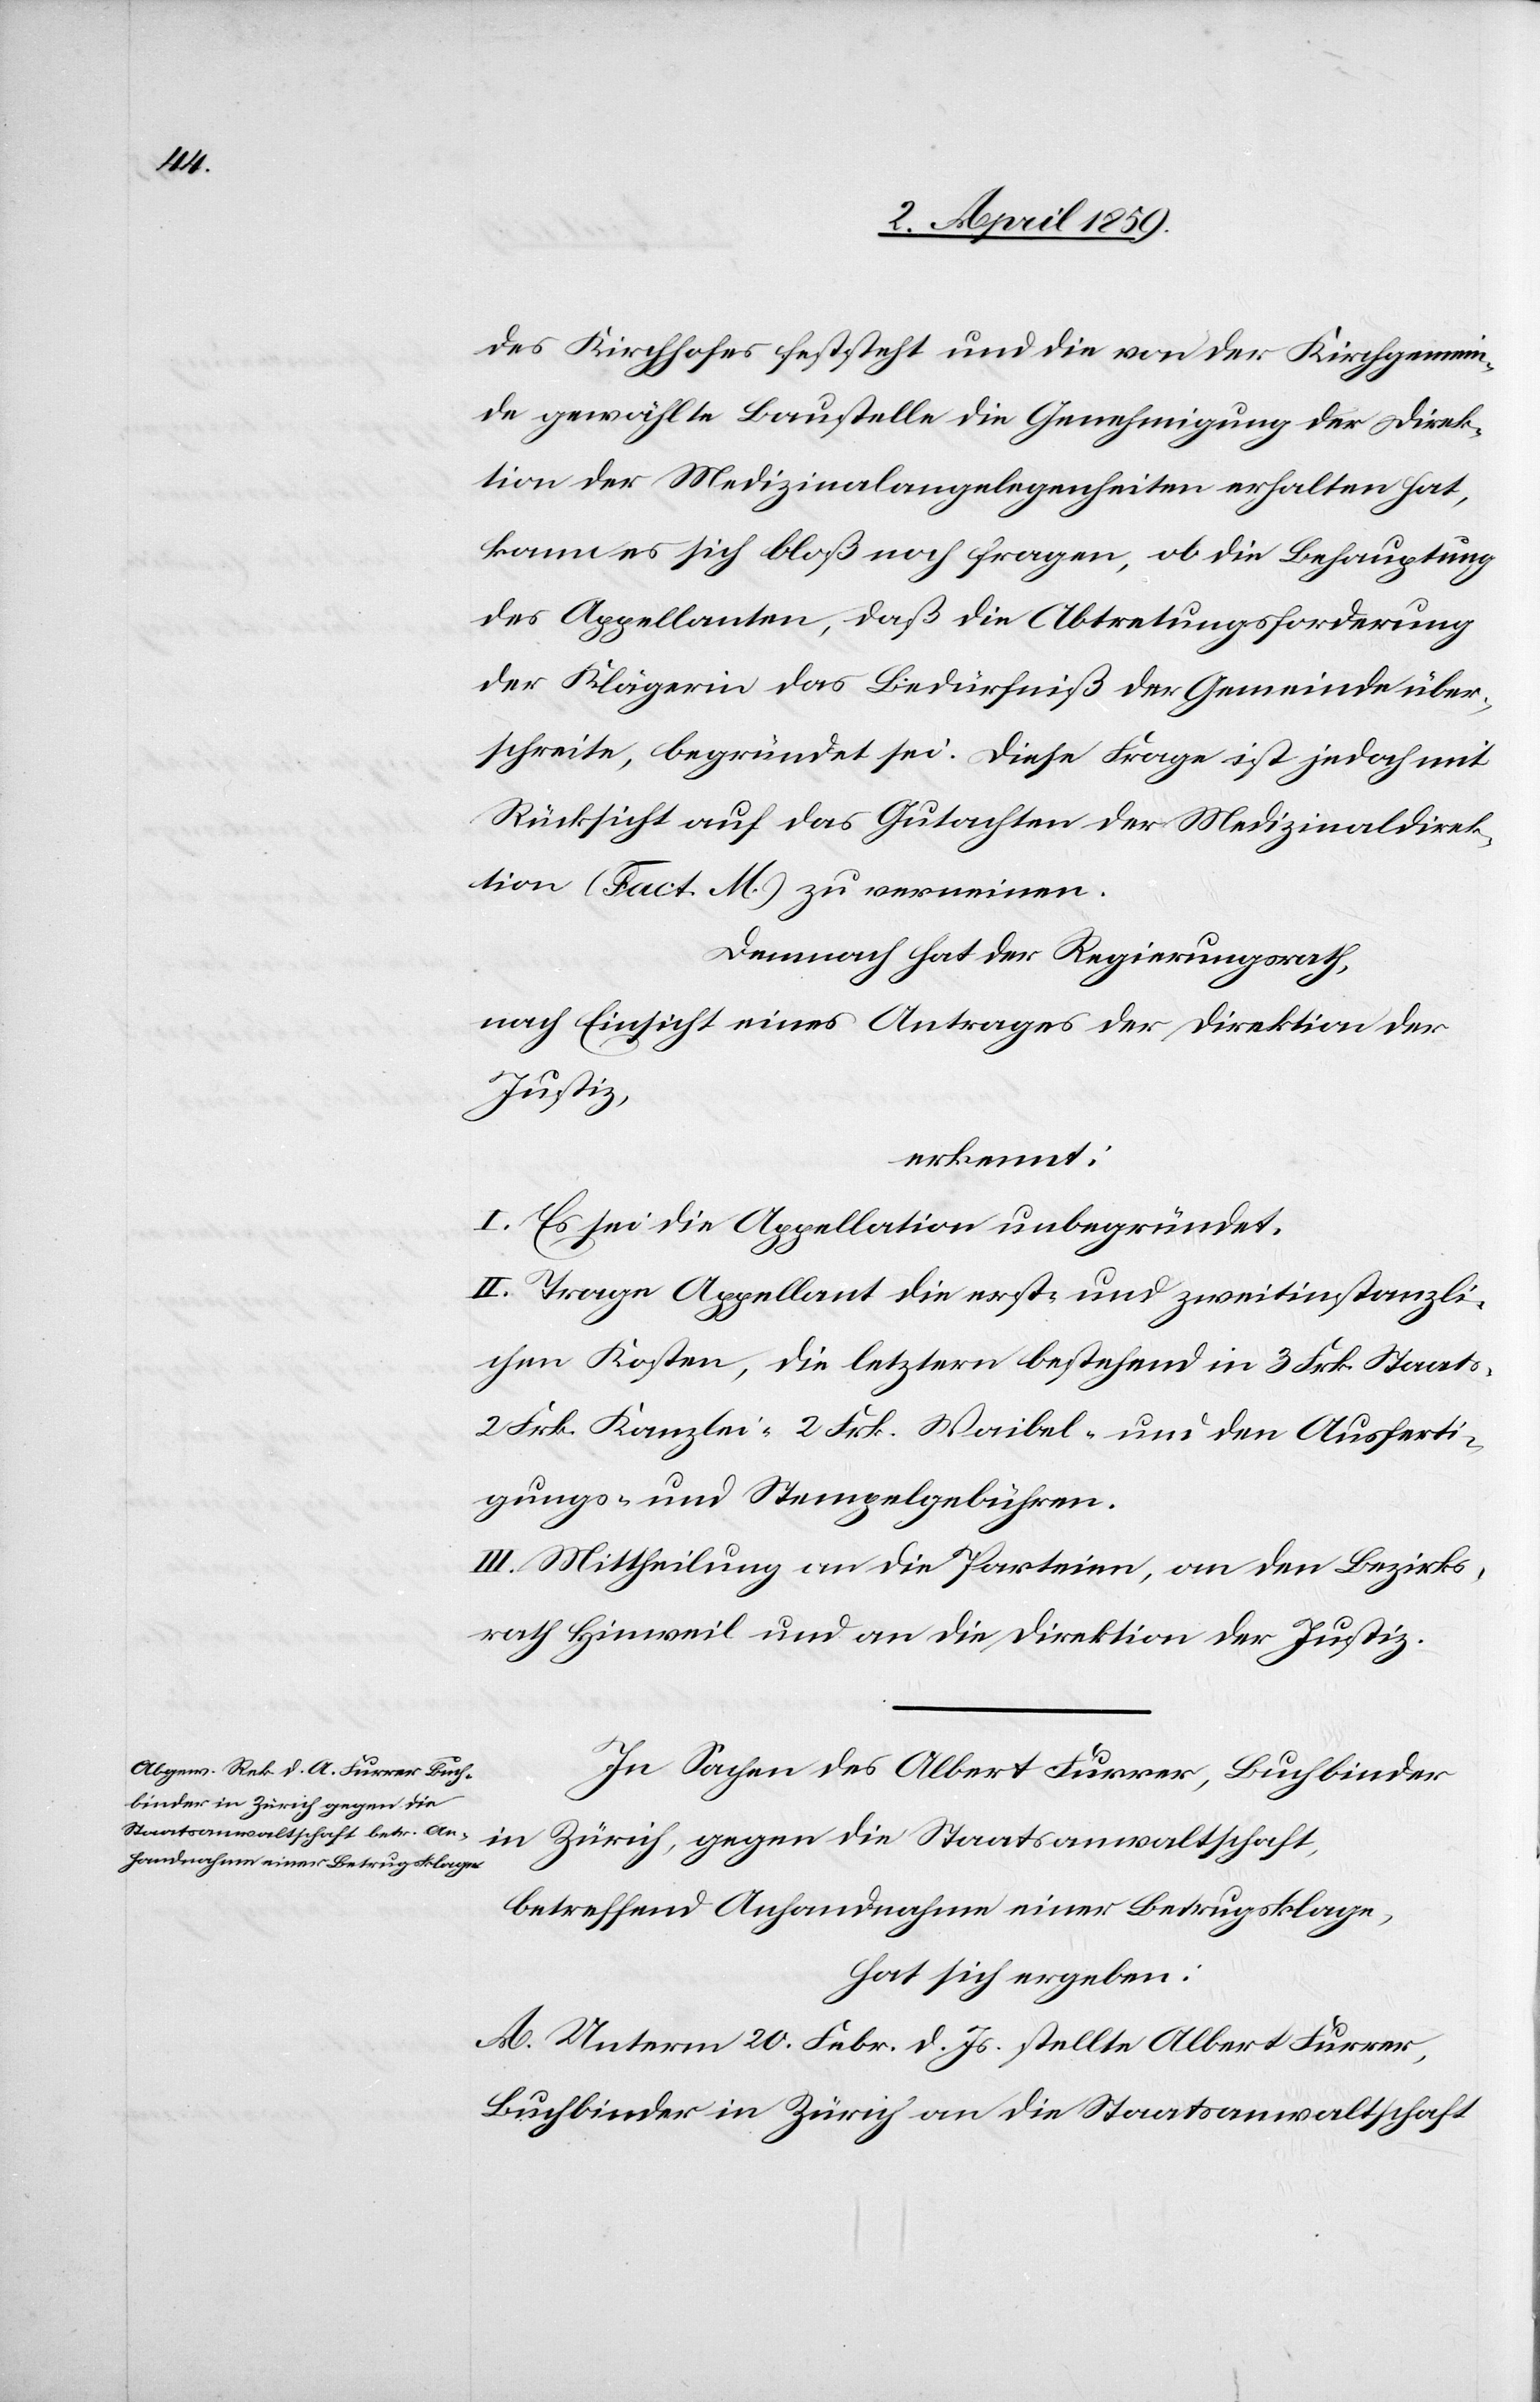
des Kirchhofes feststeht und die von der Kirchgemein¬
de gewählte Baustelle die Genehmigung der Direk¬
tion der Medizinalangelegenheiten erhalten hat,
kann es sich bloß noch fragen, ob die Behauptung
des Appellanten, daß die Abtretungsforderung
der Klägerin das Bedürfniß der Gemeinde über¬
schreite, begründet sei. Diese Frage ist jedoch mit
Rücksicht auf das Gutachten der Medizinaldirek¬
tion (Fact. M.) zu verneinen.
Demnach hat der Regierungsrath,
nach Einsicht eines Antrages der Direktion der
Justiz,
erkennt:
I. Es sei die Appellation unbegründet.
II. Trage Appellant die erst- und zweitinstanzli¬
chen Kosten, die letztern bestehend in 3 Frk. Staats-[,]
2 Frk. Kanzlei-[,] 2 Frk. Waibel- und den Ausferti¬
gungs- und Stempelgebühren.
III. Mittheilung an die Parteien, an den Bezirks¬
rath Hinweil und an die Direktion der Justiz.
In Sachen des Albert Furrer, Buchbinder
in Zürich, gegen die Staatsanwaltschaft,
betreffend Anhandnahme einer Betrugsklage,
hat sich ergeben:
A. Unterm 20. Febr. d. Js. stellte Albert Furrer,
Buchbinder in Zürich an die Staatsanwaltschaft